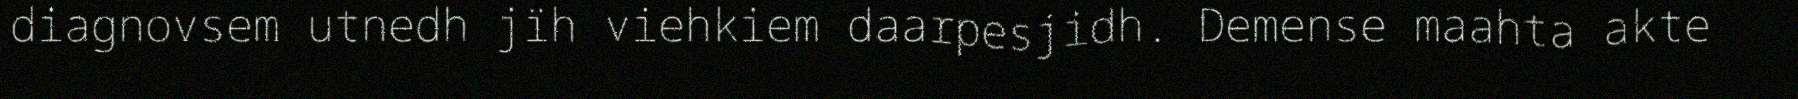
diagnovsem utnedh jïh viehkiem daarpesjidh. Demense maahta akte